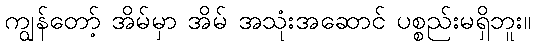
ကျွန်တော့် အိမ်မှာ အိမ် အသုံးအဆောင် ပစ္စည်းမရှိဘူး။